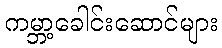
ကမ္ဘာ့ခေါင်းဆောင်များ